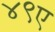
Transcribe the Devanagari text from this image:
४९ए